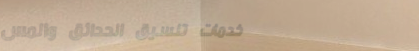
خدمات تنسيق الحدائق والمس